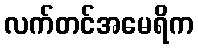
လက်တင်အမေရိက